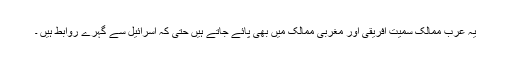
یہ عرب ممالک سمیت افریقی اور مغربی ممالک میں بھی پائے جاتے ہیں حتی کہ اسرائیل سے گہرے روابط ہیں ۔